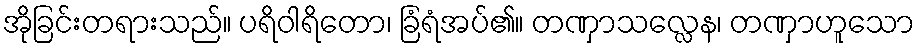
အိုခြင်းတရားသည်။ ပရိဝါရိတော၊ ခြံရံအပ်၏။ တဏှာသလ္လေန၊ တဏှာဟူသော